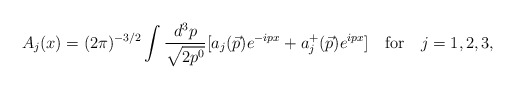
\begin{align*}A_j(x)=(2 \pi)^{-3/2} \int \frac{d^3 p}{\sqrt{2 p^0}} [a_j(\vec{p})e^{-ipx} + a_j^+(\vec{p}) e^{ipx}] \quad \mbox{for} \quad j=1,2,3,\end{align*}